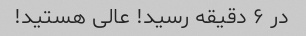
در ۶ دقیقه رسید! عالی هستید!